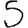
Digit: 5